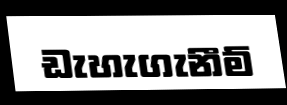
ඩැහැගැනීම්